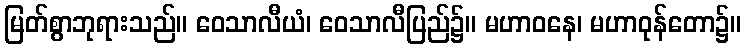
မြတ်စွာဘုရားသည်။ ဝေသာလီယံ၊ ဝေသာလီပြည်၌။ မဟာဝနေ၊ မဟာဝုန်တော၌။